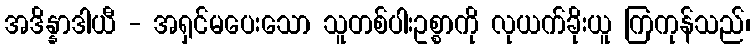
အဒိန္နာဒါယီ - အရှင်မပေးသော သူတစ်ပါးဥစ္စာကို လုယက်ခိုးယူ ကြကုန်သည်၊